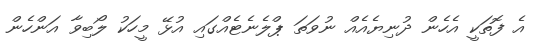
އެ ފޮތަކީ އެހެން ދުނިޔެއެއް ނުވަތަ ޕްލެނެޓެއްގައި އުޅޭ މީހަކު ލޯބިވާ އަންހެން